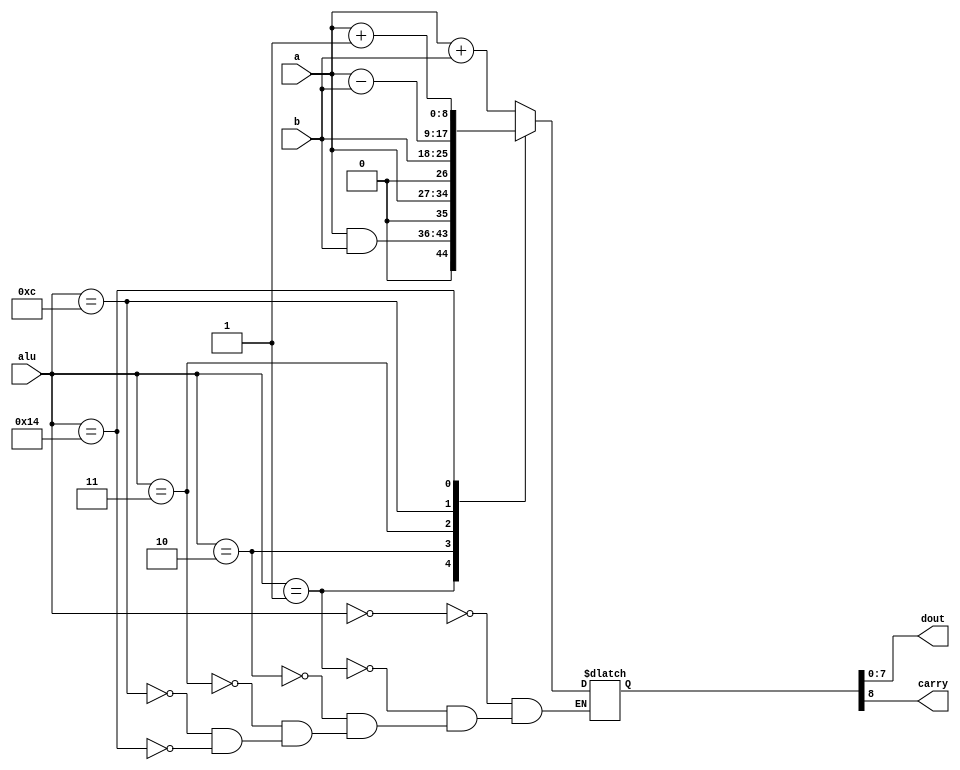
module alu(
	   a,
	   b,
	   alu,
	   dout,
	   carry);
   
   input wire [7:0] a;
   input wire [7:0] b;
   input wire [4:0] alu;
   
   output wire [7:0] dout;
   output wire 	     carry;

   reg [8:0] 	    temp_dout;

   localparam ADD        = 5'b00000 ;
   localparam BITAND     = 5'b00001 ;
   localparam INP_A      = 5'b00010 ;
   localparam INP_B      = 5'b00011 ;
   localparam SUB        = 5'b01100 ;
   localparam INCREMENT  = 5'b10100 ;
   
   always @(*)
     begin
	case (alu)
	  ADD :
	    begin
	       temp_dout <= (a + b);
	    end
	  BITAND :
	    begin
	       temp_dout <= (a & b);
	    end
	  INP_A :
	    begin
	       temp_dout <= (a);
	    end
	  INP_B :
	    begin
	       temp_dout <= (b);
	    end
	  SUB :
	    begin
	       temp_dout <= (a-b);
	    end
	  INCREMENT :
	    begin
	       temp_dout <= (a + 1);
	    end
	endcase // case (alu)
     end // always @ (*)

   assign dout = temp_dout[7:0];
   assign carry = temp_dout[8];

endmodule